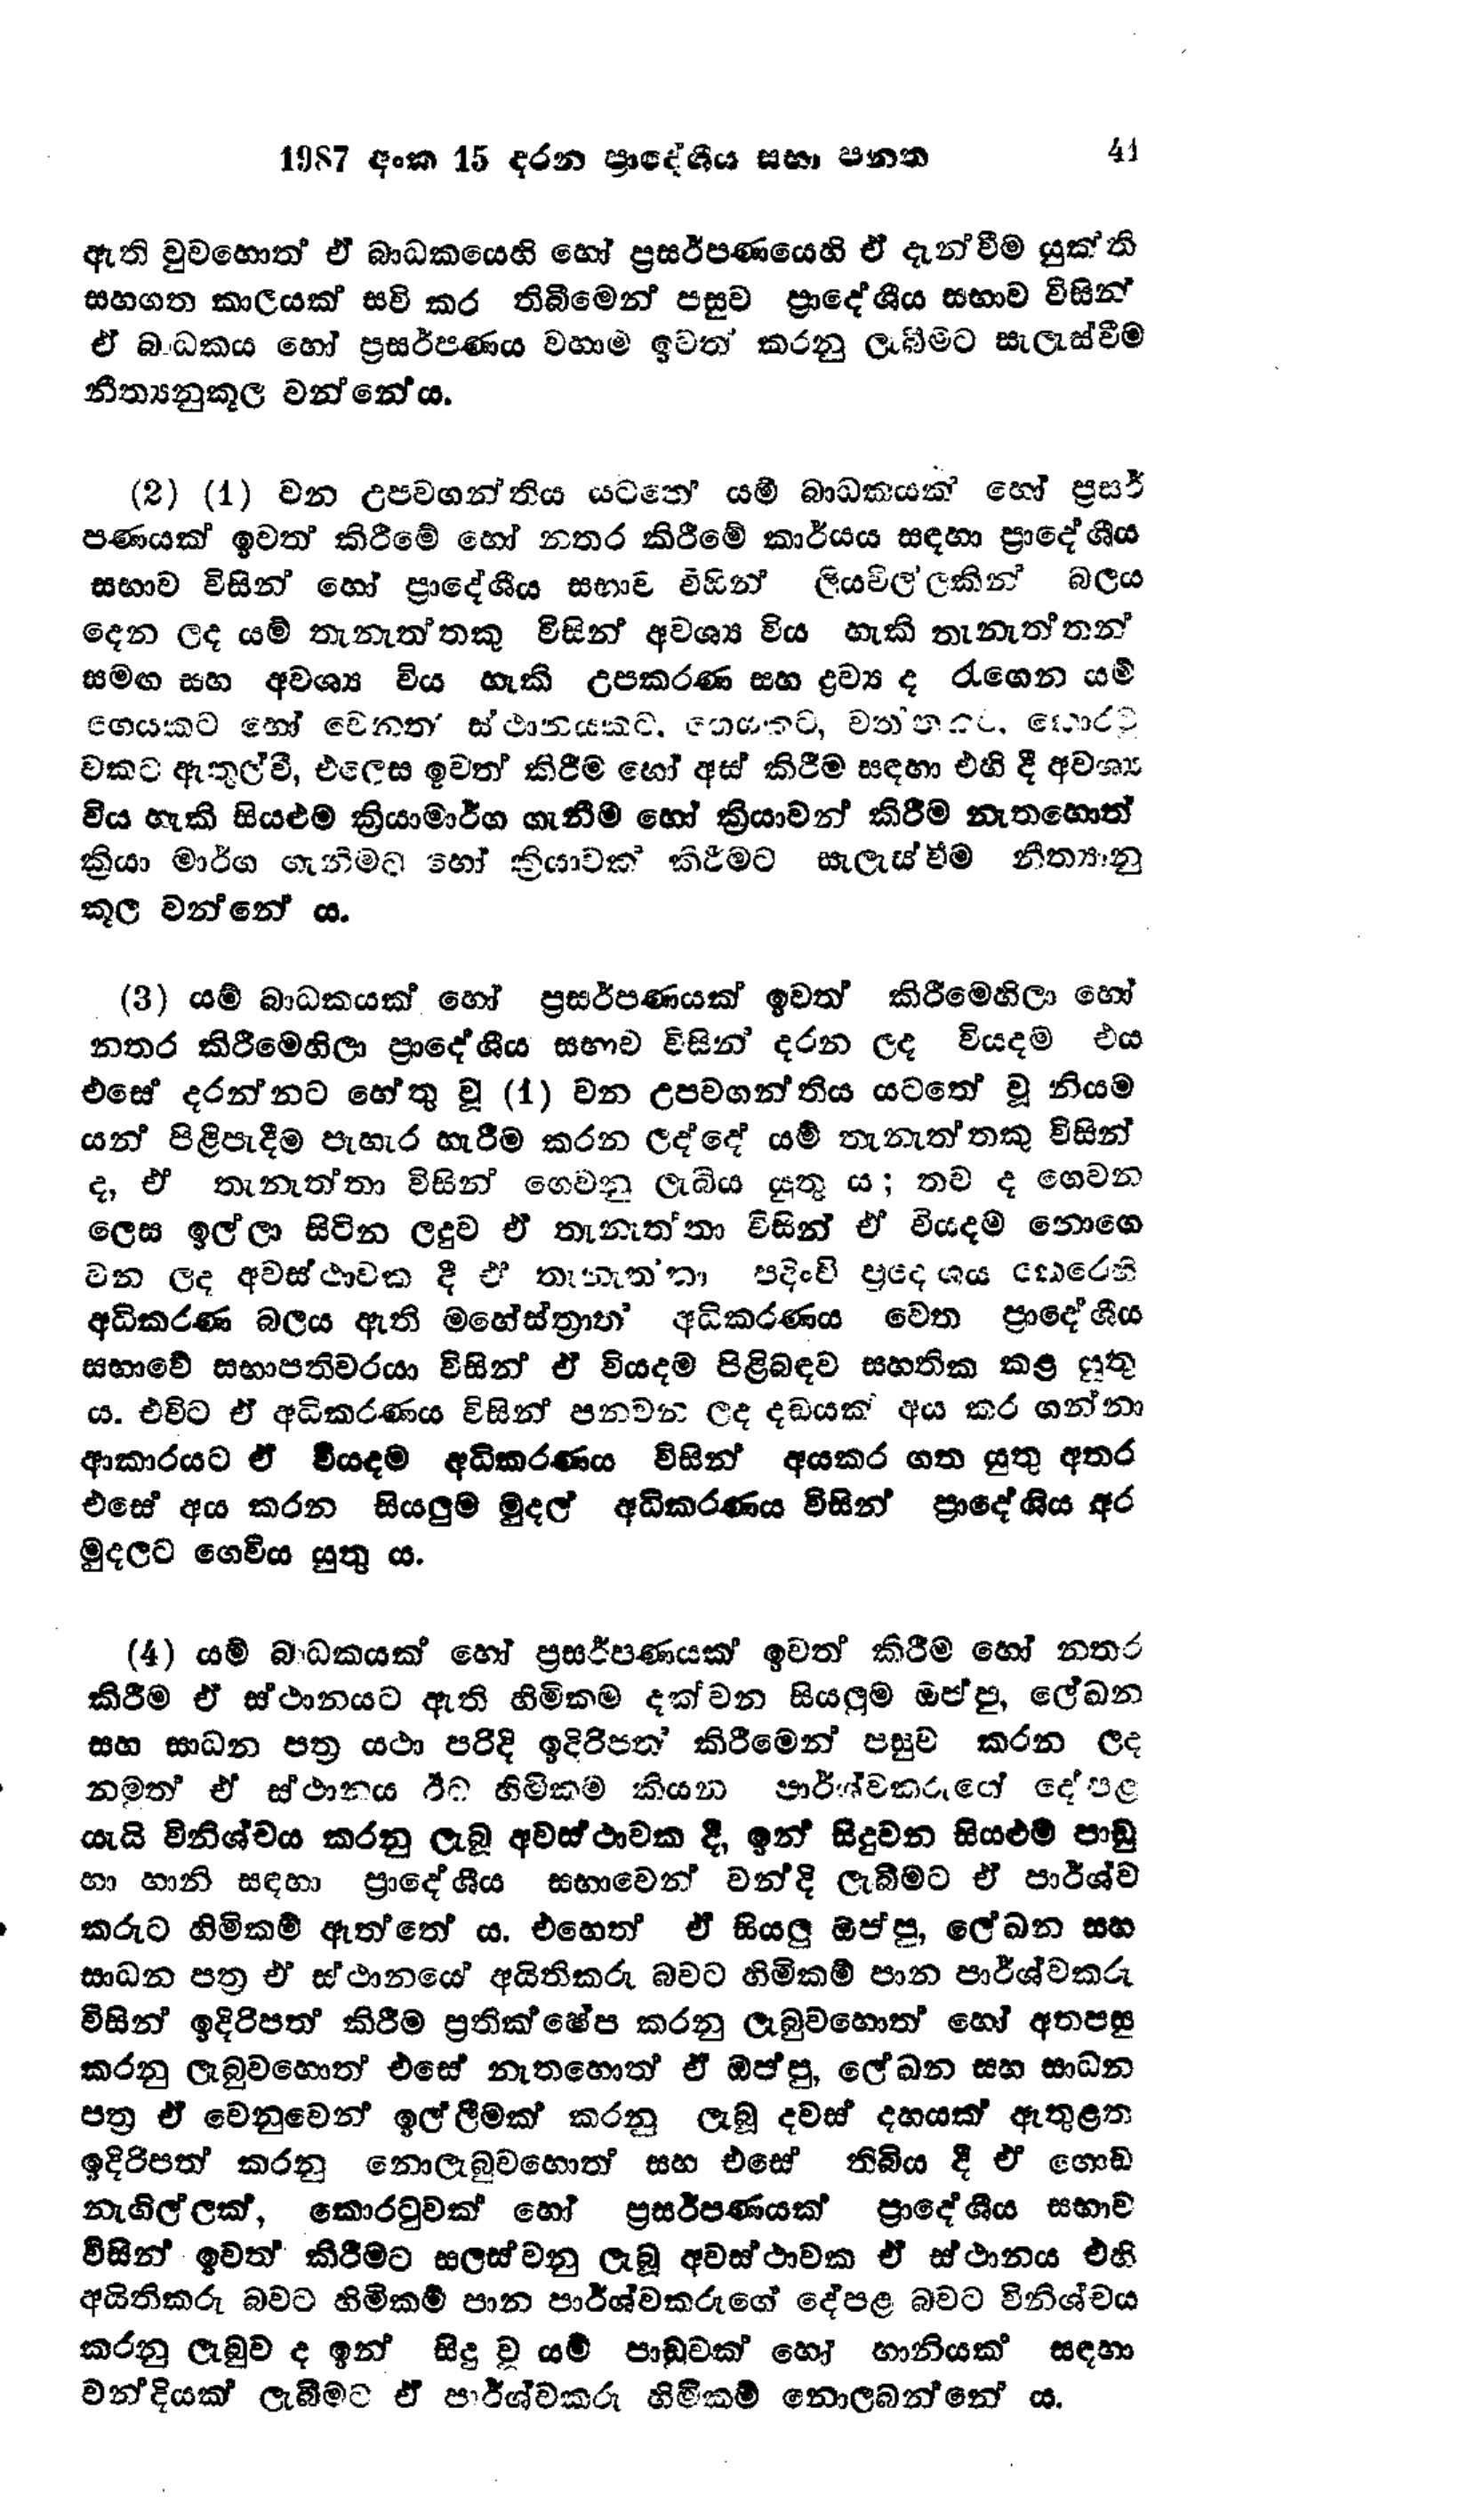
1987 අංක 15 දරන ප්‍රාදේශීය සභා පනත 41

ඇති වුවහොත් ඒ බාධකයෙහි හෝ ප්‍රසර්පණයෙහි ඒ දැන්වීම යුක්ති
සහගත කාලයක් සවි කර තිබීමෙන් පසුව ප්‍රාදේශීය සභාව විසින්
ඒ බාධකය හෝ ප්‍රසර්පණය වහාම ඉවත් කරනු ලැබීමට සැලැස්වීම
නීත්‍යනුකූල වන්නේය.

(2) (1) වන උපවගන්තිය යටතේ යම් බාධකයක් හෝ ප්‍රසර්
පණයක් ඉවත් කිරීමේ හෝ නතර කිරීමේ කාර්යය සඳහා ප්‍රාදේශීය
සභාව විසින් හෝ ප්‍රාදේශීය සභාව විසින් ලියවිල්ලකින් බලය
දෙන ලද යම් තැනැත්තකු විසින් අවශ්‍ය විය හැකි තැනැත්තන්
සමඟ සහ අවශ්‍ය විය හැකි උපකරණ සහ ද්‍රව්‍ය ද රැගෙන යම්
ගෙයකට හෝ වෙනත් ස්ථානයකට. ගෙයකට, වත්තකර, කොරටු
වකට ඇතුල් වී, එලෙස ඉවත් කිරීම හෝ අස් කිරීම සඳහා එහි දී අවශ්‍ය
විය හැකි සියළුම ක්‍රියාමාර්ග ගැනීම හෝ ක්‍රියාවන් කිරීම නැතහොත්
ක්‍රියා මාර්ග ගැනීමට හෝ ක්‍රියාවක් කිරීමට සැලැස්වීම නීත්‍යානු
කූල වන්නේ ය.

(3) යම් බාධකයක් හෝ ප්‍රසර්පණයක් ඉවත් කිරීමෙහිලා හෝ
නතර කිරීමෙහිලා ප්‍රාදේශීය සභාව විසින් දරන ලද වියදම එය
එසේ දරන්නට හේතු වූ (1) වන උපවගන්තිය යටතේ වූ නියම
යන් පිළිපැදීම පැහැර හැරීම කරන ලද්දේ යම් තැනැත්තකු විසින්
ද, ඒ තැනැත්තා විසින් ගෙවනු ලැබිය යුතු ය; තව ද ගෙවන
ලෙස ඉල්ලා සිටින ලදුව ඒ තැනැත්තා විසින් ඒ වියදම නොගෙ
වන ලද අවස්ස්ථාවක දී ඒ තැනැත්තා පදිංචි ප්‍රදේශය කෙරෙහි
අධිකරණ බලය ඇති මහේස්ත්‍රාත‍් අධිකරණය වෙත ප්‍රාදේශීය
සභාවේ සභාපතිවරයා විසින් ඒ වියදම පිළිබඳව සහතික කළ යුතු
ය. එවිට ඒ අධිකරණය විසින් පනවන ලද දඩයක් අය කර ගන්නා
ආකාරයට ඒ වියදම අධිකරණය විසින් අය කර ගත යුතු අතර
එසේ අය කරන සියලුම මුදල් අධිකරණය විසින් ප්‍රාදේශිය අර
මුදලට ගෙවිය යුතුය.

(4) යම් බාධකයක් හෝ ප්‍රසර්පණයක් ඉවත් කිරීම හෝ නතර
කිරීම ඒ ස්ථානයට ඇති හිමිකම දක්වන සියලුම ඔප්පු, ලේඛන
සහ සාධන පත්‍ර යථා පරිදි ඉදිරිපත් කිරීමෙන් පසුව කරන ලද
නමුත් ඒ ස්ථානය ඊට හිමිකම් කියන පාර්ශ්වකරුගේ දේපළ
යැයි විනිශ්චය කරනු ලැබූ අවස්ථාවක දී, ඉන් සිදුවන සියළුම පාඩු
හා හානි සඳහා ප්‍රාදේශීය සභාවෙන් වන්දි ලැබීමට ඒ පාර්ශ්ව
කරුට හිමිකම් ඇත්තේය. එහෙත් ඒ සියලු ඔප්පු, ලේඛන සහ
සාධන පත්‍ර ඒ ස්ථානයේ අයිතිකරු බවට හිමිකම් පාන පාර්ශ්වකරු
විසින් ඉදිරිපත් කිරීම ප්‍රතික්ෂේප කරනු ලැබුවහොත් හෝ අතපසු
කරනු ලැබුවහොත් එසේ නැතහොත් ඒ ඔප්පු, ලේඛන සහ සාධන
පත්‍ර ඒ වෙනුවෙන් ඉල්ලීමක් කරනු ලැබූ දවස් දහයක් ඇතුළත
ඉදිරිපත් කරනු නොලැබුවහොත් සහ එසේ තිබිය දී ඒ ගොඩ
නැගිල්ලක්, කොරටුවක් හෝ ප්‍රසර්පණයක් ප්‍රාදේශීය සභාව
විසින් ඉවත් කිරීමට සලස්වනු ලැබූ අවස්ථාවක ඒ ස්ථානය එහි
අයිතිකරු බවට හිමිකම් පාන පාර්ශ්වකරුගේ දේපළ බවට විනිශ්චය‍
කරනු ලැබුව ද ඉන් සිදු වූ යම් පාඩුවක් හෝ හානියක් සඳහා
වන්දියක් ලැබීමට ඒ පාර්ශ්වකරු හිමිකම් නොලබන්නේ ය.